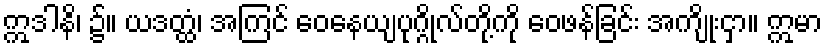
ဣဒါနိ၊ ၌။ ယဒတ္ထံ၊ အကြင် ဝေနေယျပုဂ္ဂိုလ်တို့ကို ဝေဖန်ခြင်း အကျိုးငှာ။ ဣမာ